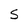
Character: S